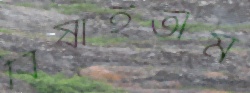
বিষাইতাম